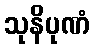
သုနိပုဏံ